Scottish Leaving Certificate Examination, 1951
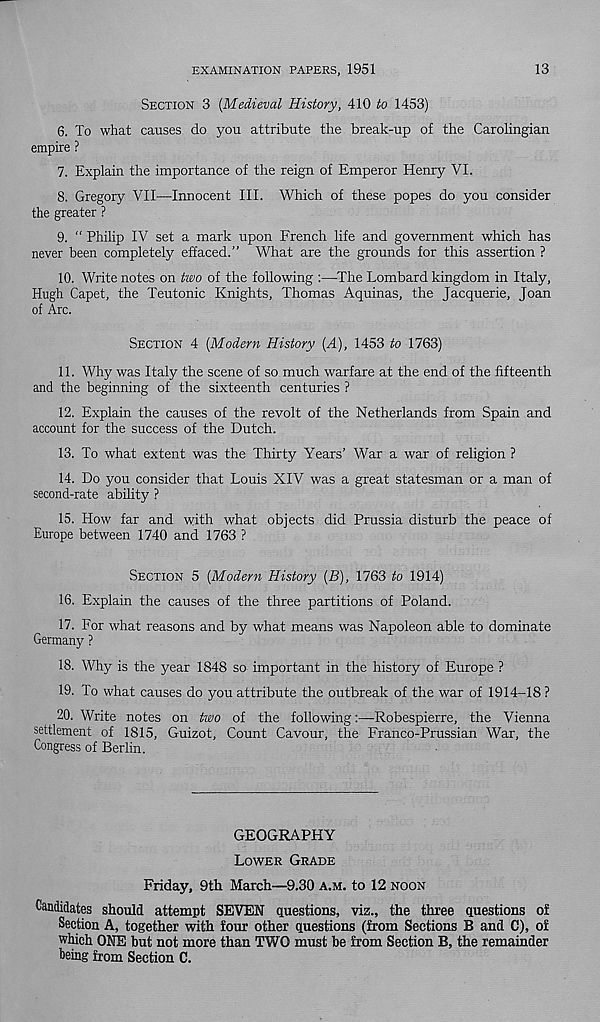
EXAMINATION PAPERS, 1951
13
SECTION 3 (Medieval History, 410 to 1453)
6. To what causes do you attribute the break-up of the Carolingian
empire ?
7. Explain the importance of the reign of Emperor Henry VI.
8. Gregory VII—Innocent III. Which of these popes do you consider
the greater ?
9. “ Philip IV set a mark upon French life and government which has
never been completely effaced.” What are the grounds for this assertion ?
10. Write notes on two of the following :—The Lombard kingdom in Italy,
Hugh Capet, the Teutonic Knights, Thomas Aquinas, the Jacquerie, Joan
of Arc.
SECTION 4 (Modern History (A), 1453 to 1763)
11. Why was Italy the scene of so much warfare at the end of the fifteenth
and the beginning of the sixteenth centuries ?
12. Explain the causes of the revolt of the Netherlands from Spain and
account for the success of the Dutch.
13. To what extent was the Thirty Years’ War a war of religion ?
14. Do you consider that Louis XIV was a great statesman or a man of
second-rate ability ?
15. How far and with what objects did Prussia disturb the peace of
Europe between 1740 and 1763 ?
SECTION 5 (Modern History (B), 1763 to 1914)
16. Explain the causes of the three partitions of Poland.
17. For what reasons and by what means was Napoleon able to dominate
Germany ?
18. Why is the year 1848 so important in the history of Europe ?
19. To what causes do you attribute the outbreak of the war of 1914-18 ?
20. Write notes on two of the following:—-Robespierre, the Vienna
settlement of 1815, Guizot, Count Cavour, the Franco-Prussian War, the
Congress of Berlin.
GEOGRAPHY
LOWER GRADE
Friday, 9th March—9.30 A.M. to 12 NOON
Candidates should attempt SEVEN questions, viz., the three questions of
Section A, together with four other questions (from Sections B and C), of
which ONE but not more than TWO must be from Section B, the remainder
being from Section C.